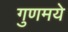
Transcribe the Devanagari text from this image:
गुणमये